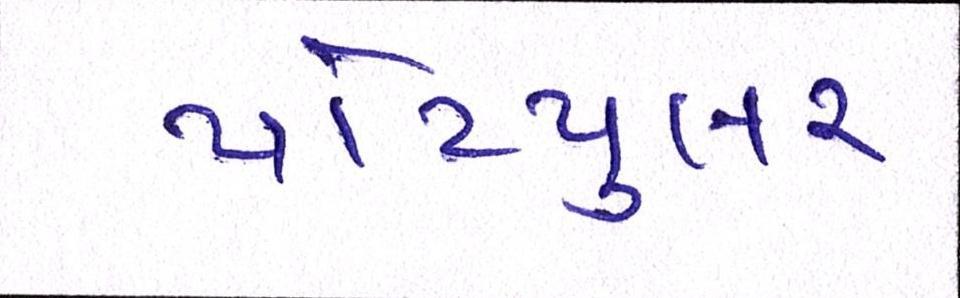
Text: પોપ્યુલર